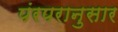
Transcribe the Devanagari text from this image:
पंरपरानुसार